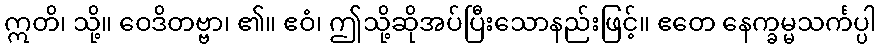
ဣတိ၊ သို့။ ဝေဒိတဗ္ဗာ၊ ၏။ ဧဝံ၊ ဤသို့ဆိုအပ်ပြီးသောနည်းဖြင့်။ ဧတေ နေက္ခမ္မသင်္ကပ္ပါ